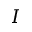
I